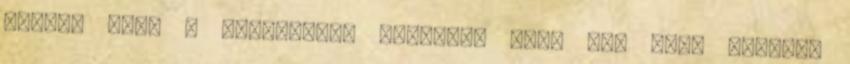
inkább csak a virágernyő maradjon meg. Egy nagy lábasba